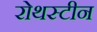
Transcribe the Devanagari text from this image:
रोथस्टीन